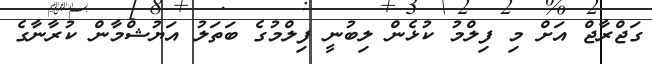
ގަޖްރާޖް އަށް މި ފިލްމު ކުޅެން ލިބުނީ ފިލްމުގެ ބަތަލު އަޔުޝްމާން ކުރާނާގެ